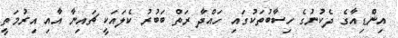
އިންޑިއާގެ ދެކުނުގެ ހިސާބުތަކުގައި ހައްދާ ރަތް ބަބުރު ކެލައަކީ ޗައިނާ އާއި އިރުމަތީ